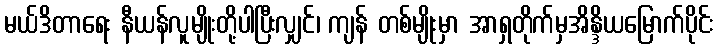
မယ်ဒိတာရေး နီယန်လူမျိုးတို့ပါပြီးလျှင်၊ ကျန် တစ်မျိုးမှာ အာရှတိုက်မှအိန္ဒိယမြောက်ပိုင်း